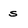
Character: s